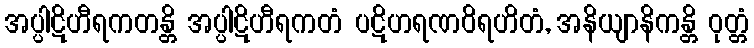
အပ္ပါဋိဟီရကတန္တိ အပ္ပါဋိဟီရကတံ ပဋိဟရဏဝိရဟိတံ, အနိယျာနိကန္တိ ဝုတ္တံ